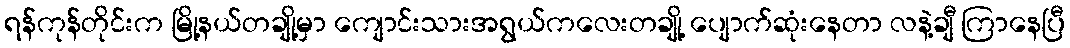
ရန်ကုန်တိုင်းက မြို့နယ်တချို့မှာ ကျောင်းသားအရွယ်ကလေးတချို့ ပျောက်ဆုံးနေတာ လနဲ့ချီ ကြာနေပြီ